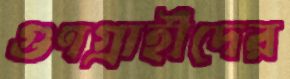
গুণগ্রাহীদের